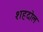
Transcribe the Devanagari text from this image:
शहदोल